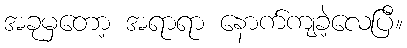
အခုမှတော့ အရာရာ နောက်ကျခဲ့လေပြီ။